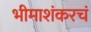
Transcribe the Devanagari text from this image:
भीमाशंकरचं